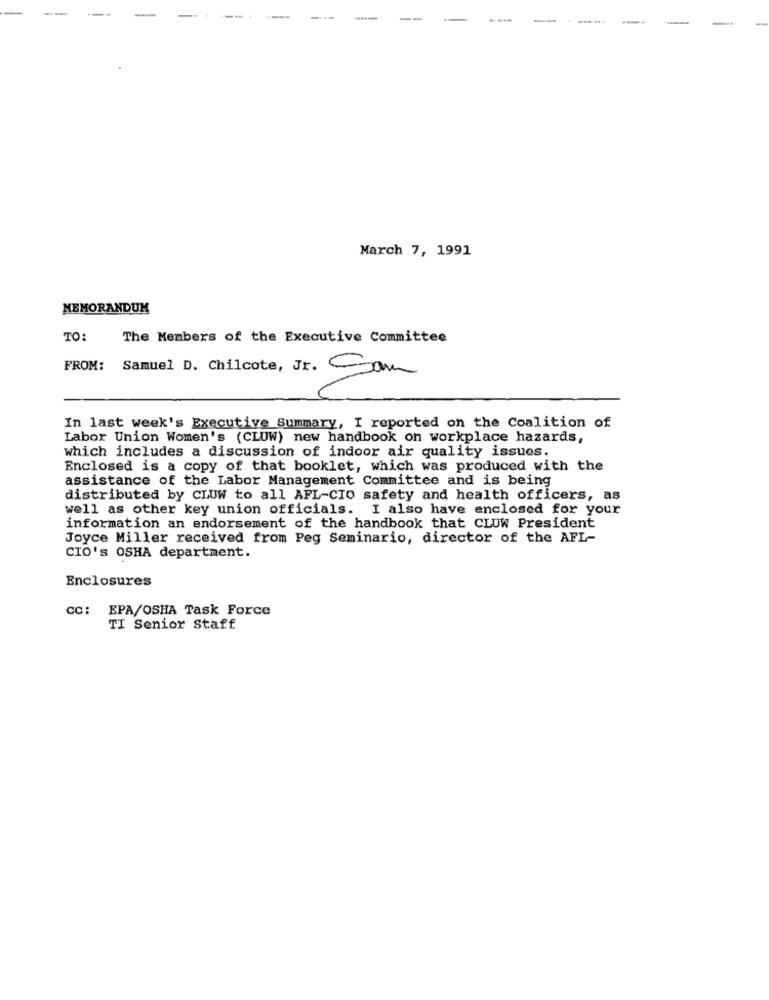
-
March 7, 1991
MEMORANDUM
TO:
The Members of the Executive Committee
FROM: Samuel D. Chilcote, Jr. Sam
In last week's Executive Summary, I reported on the Coalition of
Labor Union Women's (CLUW) new handbook on workplace hazards,
which includes a discussion of indoor air quality issues.
Enclosed is a copy of that booklet, which was produced with the
assistance of the Labor Management Committee and is being
distributed by CLUW to all AFL-CIO safety and health officers, as
well as other key union officials. I also have enclosed for your
information an endorsement of the handbook that CLUW President
Joyce Miller received from Peg Seminario, director of the AFL-
CIO's OSHA department.
Enclosures
CC:
EPA/OSHA Task Force
TI Senior Staff